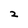
Character: 2